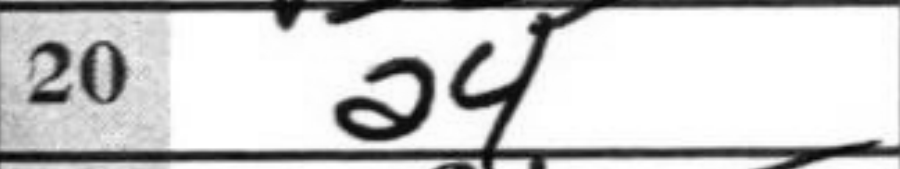
Transcription: a4